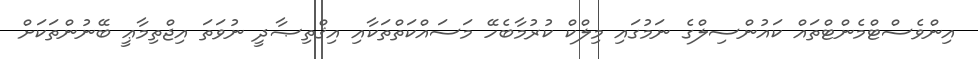
އިންވެސްޓްމެންޓްތައް ކައުންސިލްގެ ނަމުގައި މިލްކް ކުރުމާބެހޭ މަސައްކަތްތަކާއި އިޤްތިޞާދީ ނުވަތަ އިޖްތިމާޢީ ބޭނުންތަކަށް